system: You are a helpful assistant.
user:
Analyze the provided spectrum to determine if it is a **M-type Giant (gM)**.

A M-type Giant spectrum is defined by its **strong molecular absorption** features, particularly from **Titanium Oxide (TiO)**. You must check for one of the following mutually exclusive signatures:

- **Key Visual Indicators (Absorption-Dominated Spectrum):**

    - **(Primary):** The spectrum is dominated by strong molecular absorption from **Titanium Oxide (TiO)**. This is the **defining feature** of its M-type temperature class.
        - **(Key Bandheads):** Look for sharp, "saw-tooth" absorption valleys. The strongest are located near **~7050 Å**, **~6160 Å**, and **~5170 Å**.
        - **(Line Profile):** The "saw-tooth" morphology is critical: a **sharp, steep drop on the BLUE (short-wavelength) side** of the bandhead, followed by a gradual recovery (rising flux) towards the RED (long-wavelength) side.

    - **(Key Confirmation - Giant vs. Dwarf):** **ABSENCE** of strong **Calcium Hydride (CaH)** molecular bands. This is the primary diagnostic for *excluding* M-dwarfs.
        - **(Key Region):** The spectrum should lack the strong, broad absorption band seen in dwarfs between **~6800 Å and ~7000 Å**.

    - **(Secondary Confirmation - Giant):** A very strong and broad **Neutral Calcium (Ca I)** atomic absorption line.
        - **(Key Line):** Located at **~4226 Å**. In a giant (gM), this line is significantly deeper and broader than the same line in an M-dwarf (dM) due to low surface gravity.

    - **(Overall Spectrum):**
        - The continuum is **extremely red-sloping** (i.e., flux is very low in the blue and rises dramatically towards the red).
        - The entire spectrum appears "chopped up" by the deep TiO bands.

Think first, call **spectral_visualization_tool** if needed to examine features in detail, then provide your final answer. Your response must adhere to the following strict rules:
1.  **Overall Structure:** Your response must follow the format `<think>...</think> <tool_call>...</tool_call> (if a tool is used) <answer>...</answer>`.
2.  **Tool Usage Constraint:** You may only make **one** tool call per turn.
3.  **Final Answer Format:** In the `<answer>` tag, your conclusion must be inside a `\boxed{}` command (e.g., `\boxed{YES}` or `\boxed{NO}`), followed by your justification.

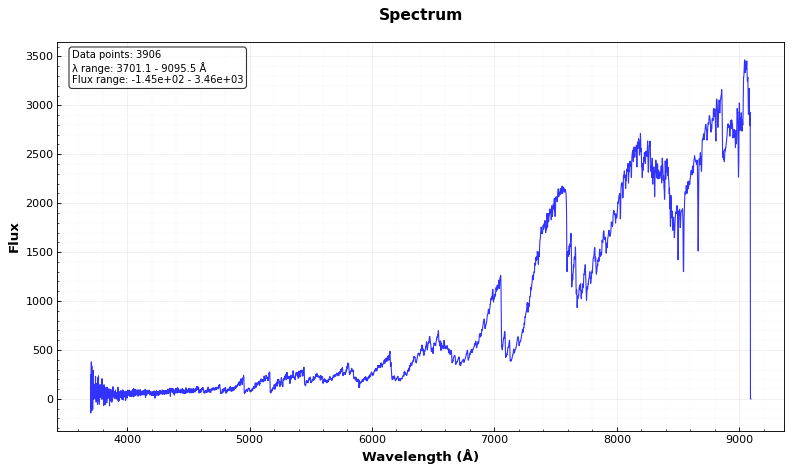
Answer: YES